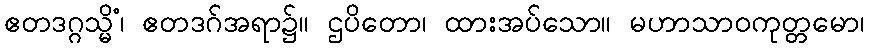
ဧတဒဂ္ဂသ္မိံ၊ ဧတဒဂ်အရာ၌။ ဌပိတော၊ ထားအပ်သော။ မဟာသာဝကုတ္တမော၊